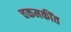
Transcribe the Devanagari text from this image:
चकमकींत